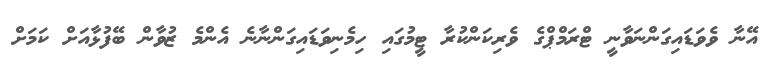
އޭނާ ވެވަޑައިގަންނަވާނީ ޓްރަމްޕްގެ ވެރިކަންކުރާ ޓީމުގައި ހިމެނިވަޑައިގަންނާނެ އެންމެ ޒުވާން ބޭފުޅާއަށް ކަމަށް